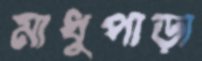
মাধুপাড়া